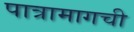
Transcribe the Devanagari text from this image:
पात्रामागची